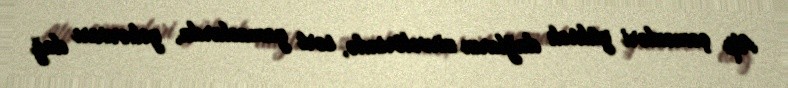
Alp çəmənləri yüksək dağların zirvələrində, sərt yamaclarda, yəhərvarı dağ